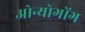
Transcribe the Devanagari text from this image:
ओन्योगोंग